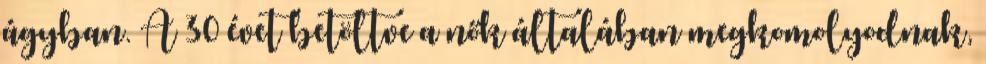
ágyban. A 30 évet betöltve a nők általában megkomolyodnak,